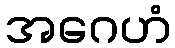
အဂေဟံ